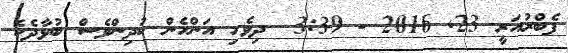
ފެބްރުއަރީ 23